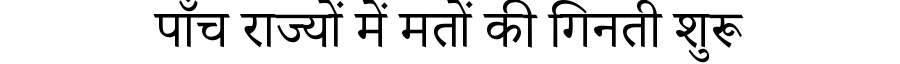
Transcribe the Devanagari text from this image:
पाँच राज्यों में मतों की गिनती शुरू